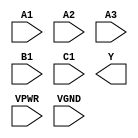
module sky130_fd_sc_hs__o311ai (
    //# {{data|Data Signals}}
    input  A1  ,
    input  A2  ,
    input  A3  ,
    input  B1  ,
    input  C1  ,
    output Y   ,

    //# {{power|Power}}
    input  VPWR,
    input  VGND
);
endmodule